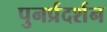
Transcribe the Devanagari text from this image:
पुनर्प्रदर्शन